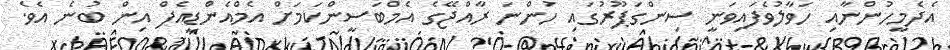
އެދެމީހުންނާއި ހަވާލުވެފައިވަނީ ސިންގަޕޫރުގައި ހުންނަ ރާއްޖޭގެ އެމްބަސީންކަމަށް އެމްއެންޑީއެފް އިން ބުނެ އެވެ.